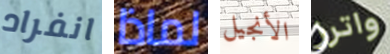
انفراد لماذا الأنجيل واترز